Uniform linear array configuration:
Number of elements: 64
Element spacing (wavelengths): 0.5
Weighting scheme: exponential
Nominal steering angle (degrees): -60
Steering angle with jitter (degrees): -60.163
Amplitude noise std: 0.05
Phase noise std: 0.05

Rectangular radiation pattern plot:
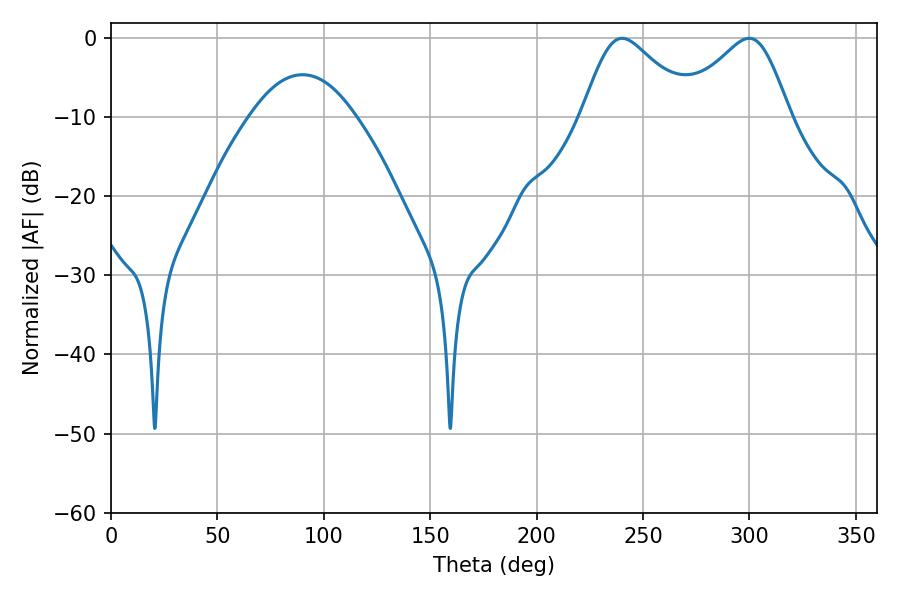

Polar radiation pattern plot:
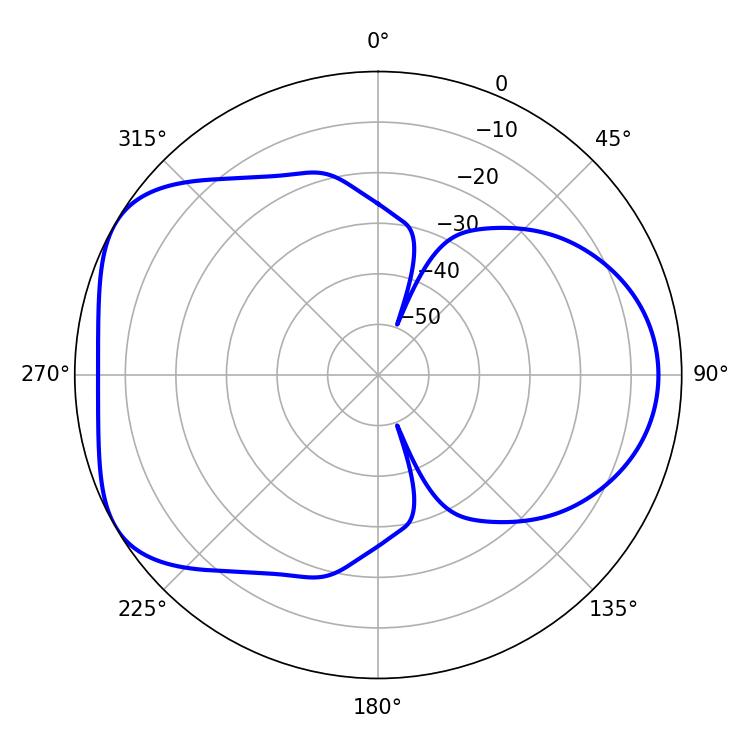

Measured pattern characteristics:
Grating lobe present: FALSE
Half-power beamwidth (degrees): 25.74
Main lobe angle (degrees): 240.12